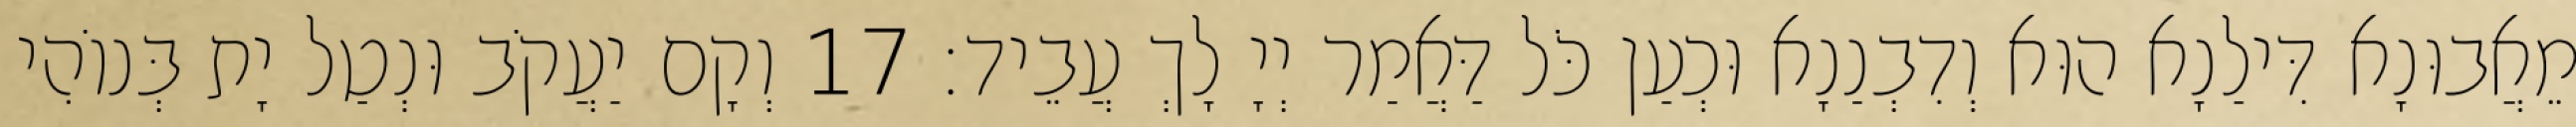
מֵאֲבוּנָא דִּילַנָא הוּא וְדִבְנַנָא וּכְעַן כֹּל דַּאֲמַר יְיָ לָךְ עֲבֵיד׃ 17 וְקָם יַעֲקֹב וּנְטַל יָת בְּנוֹהִי